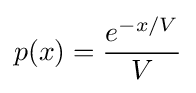
p(x)={\frac {e^{-x/V}}{V}}